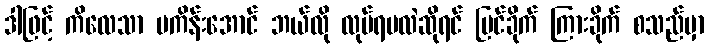
ဒါဖြင့် ကိလေသာ မကိန်းအောင် ဘယ်လို လုပ်ရမလဲဆိုရင် မြင်ခိုက် ကြားခိုက် စသည်မှာ